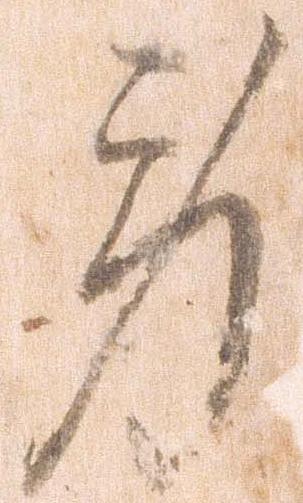
労